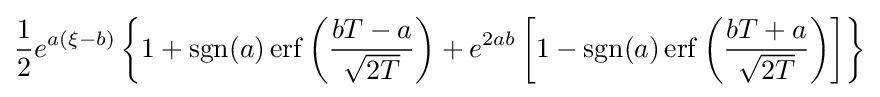
{\frac {1}{2}}e^{a\left(\xi -b\right)}\left\{1+\operatorname {sgn} (a)\operatorname {erf} \left({\frac {bT-a}{\sqrt {2T}}}\right)+e^{2ab}\left[1-\operatorname {sgn} (a)\operatorname {erf} \left({\frac {bT+a}{\sqrt {2T}}}\right)\right]\right\}